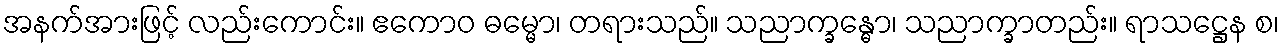
အနက်အားဖြင့် လည်းကောင်း။ ဧကောဝ ဓမ္မော၊ တရားသည်။ သညာက္ခန္ဓော၊ သညာက္ခာတည်း။ ရာသဋ္ဌေန စ၊